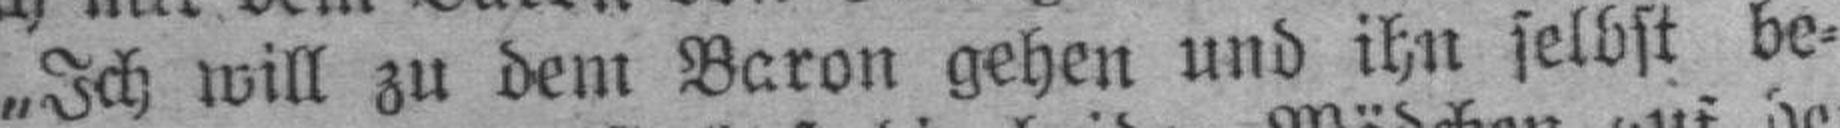
„Ich will zu dem Baron gehen und ihn selbst be¬